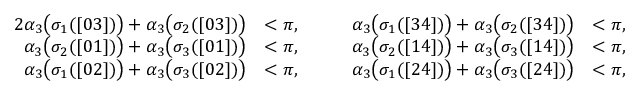
\begin{array} { r l r l } { { 2 } \alpha _ { 3 } \bigl ( \sigma _ { 1 } ( [ 0 3 ] ) \bigr ) + \alpha _ { 3 } \bigl ( \sigma _ { 2 } ( [ 0 3 ] ) \bigr ) } & { < \pi , } & { \qquad \alpha _ { 3 } \bigl ( \sigma _ { 1 } ( [ 3 4 ] ) \bigr ) + \alpha _ { 3 } \bigl ( \sigma _ { 2 } ( [ 3 4 ] ) \bigr ) } & { < \pi , } \\ { \alpha _ { 3 } \bigl ( \sigma _ { 2 } ( [ 0 1 ] ) \bigr ) + \alpha _ { 3 } \bigl ( \sigma _ { 3 } ( [ 0 1 ] ) \bigr ) } & { < \pi , } & { \qquad \alpha _ { 3 } \bigl ( \sigma _ { 2 } ( [ 1 4 ] ) \bigr ) + \alpha _ { 3 } \bigl ( \sigma _ { 3 } ( [ 1 4 ] ) \bigr ) } & { < \pi , } \\ { \alpha _ { 3 } \bigl ( \sigma _ { 1 } ( [ 0 2 ] ) \bigr ) + \alpha _ { 3 } \bigl ( \sigma _ { 3 } ( [ 0 2 ] ) \bigr ) } & { < \pi , } & { \qquad \alpha _ { 3 } \bigl ( \sigma _ { 1 } ( [ 2 4 ] ) \bigr ) + \alpha _ { 3 } \bigl ( \sigma _ { 3 } ( [ 2 4 ] ) \bigr ) } & { < \pi , } \end{array}